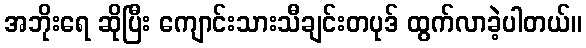
အဘိုးရေ ဆိုပြီး ကျောင်းသားသီချင်းတပုဒ် ထွက်လာခဲ့ပါတယ်။